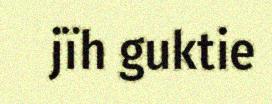
jïh guktie